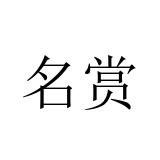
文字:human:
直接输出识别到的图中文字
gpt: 名赏